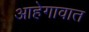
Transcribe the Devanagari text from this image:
आहेगावात